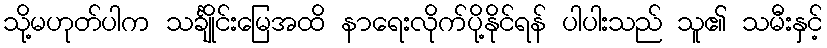
သို့မဟုတ်ပါက သင်္ချိုင်းမြေအထိ နာရေးလိုက်ပို့နိုင်ရန် ပါပါးသည် သူ၏ သမီးနှင့်